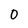
Character: 0